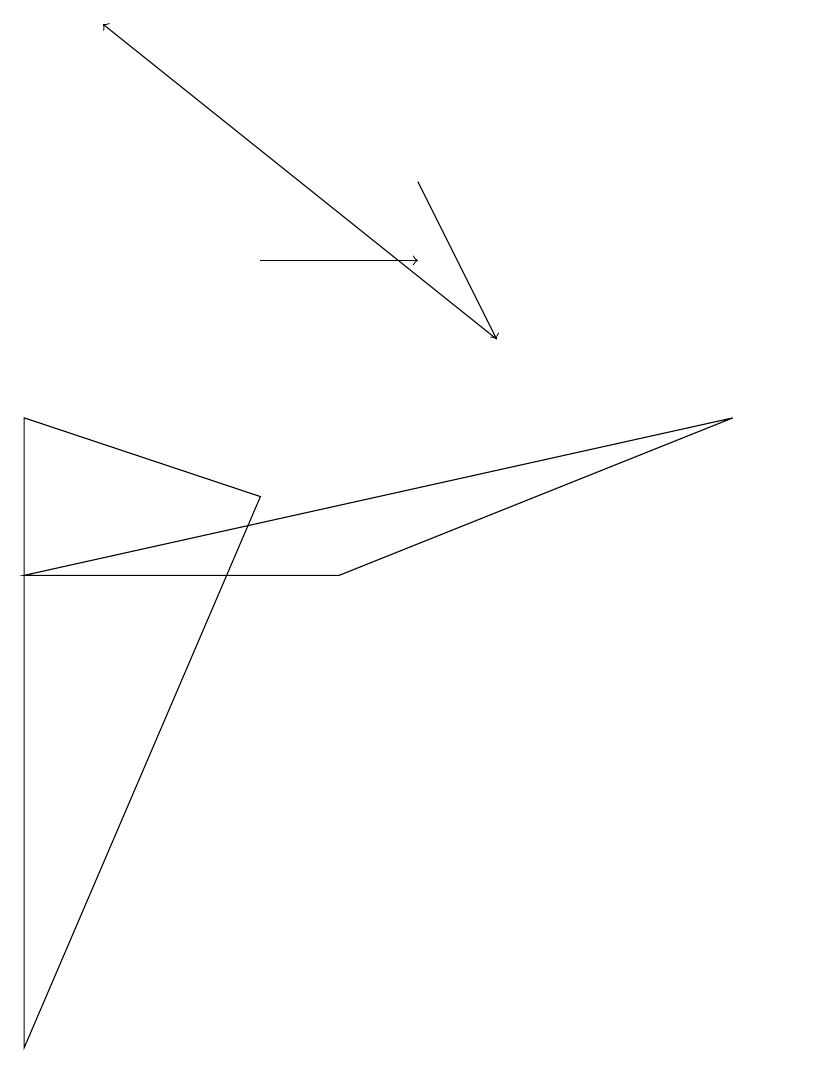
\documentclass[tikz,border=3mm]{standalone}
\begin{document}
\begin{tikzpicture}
\draw[->] (5,12) -- (6,10);
\draw (4,7) -- (9,9) -- (0,7) -- cycle;
\draw (10,11) circle (0);
\draw (0,9) -- (0,1) -- (3,8) -- cycle;
\draw[->] (6,10) -- (1,14);
\draw[->] (3,11) -- (5,11);
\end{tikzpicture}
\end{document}